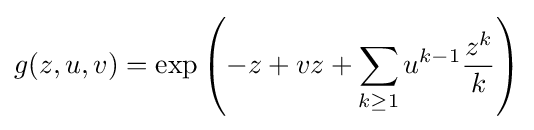
g(z,u,v)=\exp \left(-z+vz+\sum _{k\geq 1}u^{k-1}{\frac {z^{k}}{k}}\right)